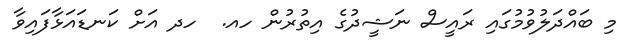
މި ބައްދަލުވުމުގައި ރައީސް ނަޝީދުގެ އިތުރުން ހއ.  ހދ އަށް ކަނޑައަޅާފައިވާ